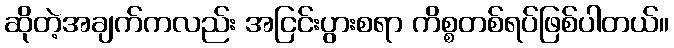
ဆိုတဲ့အချက်ကလည်း အငြင်းပွားစရာ ကိစ္စတစ်ရပ်ဖြစ်ပါတယ်။